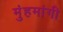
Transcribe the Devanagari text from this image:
मुंहमांगी